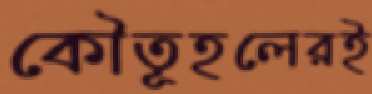
কৌতূহলেরই